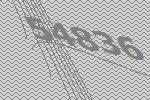
54836